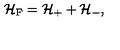
{ \cal H } _ { \mathrm { F } } = { \cal H } _ { + } + { \cal H } _ { - } ,